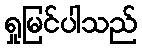
ရှုမြင်ပါသည်